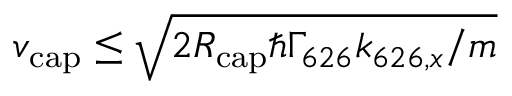
\ensuremath { v _ { \mathrm { c a p } } } \leq \sqrt { 2 \ensuremath { R _ { \mathrm { c a p } } } \hbar \ensuremath { \Gamma _ { 6 2 6 } } k _ { 6 2 6 , x } / { m } }